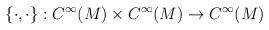
LaTeX: \begin{align*} \{\cdot,\cdot\} : C^\infty(M) \times C^\infty(M) \to C^\infty(M)\end{align*}